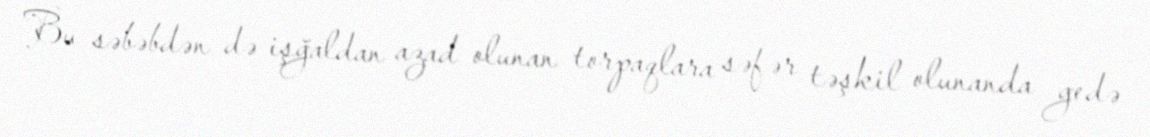
Bu səbəbdən də işğaldan azad olunan torpaqlara səfər təşkil olunanda gedə